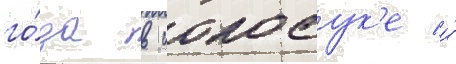
го́да в иокосук'е и́